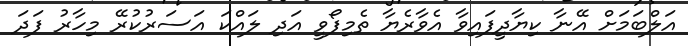
އަލްބަމަށް އޭނާ ކިޔާދީފައިވާ އެވާރެޔާ ތެމިފޯވީ އަދި ލައްކަ އަސަރުކުރޭ މިހާރު ފަދަ